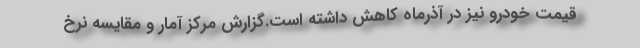
قيمت خودرو نيز در آذرماه كاهش داشته است.گزارش مركز آمار و مقايسه نرخ